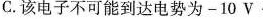
C.该电子不可能到达电势为-10V